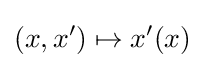
\left(x,x^{\prime }\right)\mapsto x^{\prime }(x)